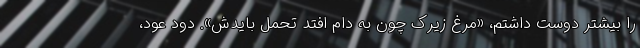
را بیشتر دوست داشتم، «مرغ زیرک چون به دام افتد تحمل بایدش». دود عود،